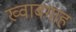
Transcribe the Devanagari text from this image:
ख्‍वाबगाह